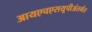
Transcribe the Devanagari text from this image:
आयएचएसयूपीअंतर्गत